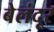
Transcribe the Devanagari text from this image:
बेलंदूर